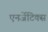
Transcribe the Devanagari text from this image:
एनर्जेटिक्स